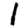
Digit: 1